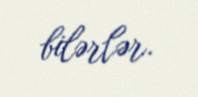
bilərlər.